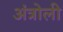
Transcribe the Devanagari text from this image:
अंत्रोली